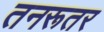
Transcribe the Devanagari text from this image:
तनरूतर